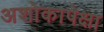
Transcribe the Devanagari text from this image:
अशोकापेक्षा